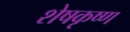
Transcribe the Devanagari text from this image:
शेषकृष्ण